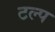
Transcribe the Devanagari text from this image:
टल्प